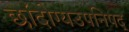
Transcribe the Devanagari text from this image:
छांदोग्यउपनिषद्